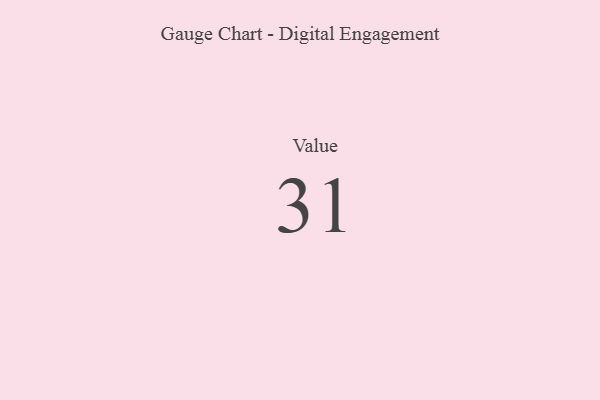
{"axis": {"x": "Metric", "y": "Value"}, "legend": [""], "data": [{"x": "Value", "y": 31, "type": ""}]}